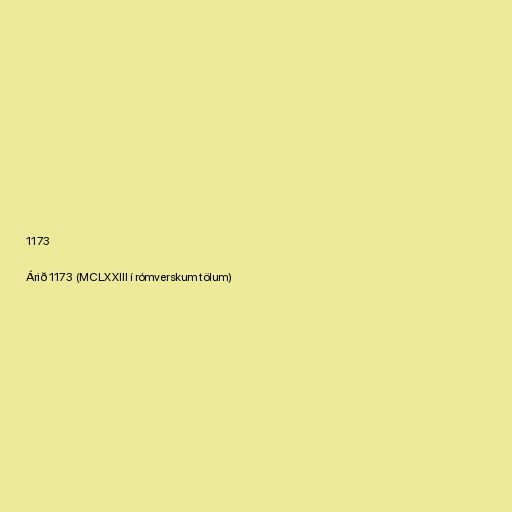
1173

Árið 1173 (MCLXXIII í rómverskum tölum)